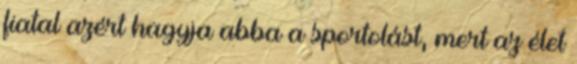
fiatal azért hagyja abba a sportolást, mert az élet